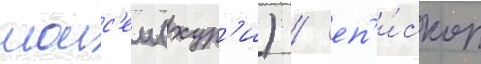
моис'еи (хур'и) / еп'и́скоп